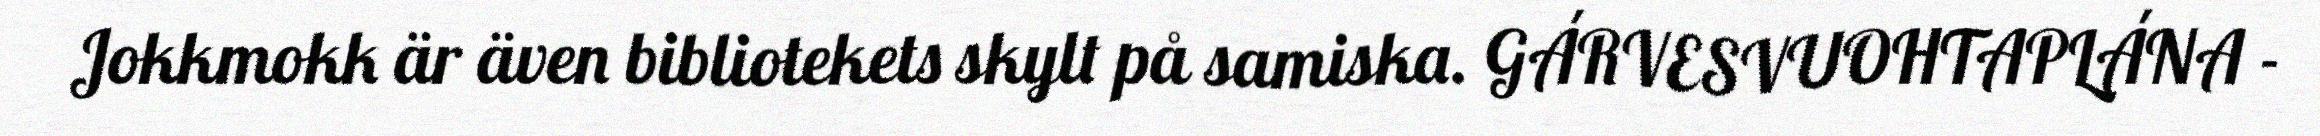
Jokkmokk är även bibliotekets skylt på samiska. GÁRVESVUOHTAPLÁNA -